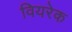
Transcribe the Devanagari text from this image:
वियरेक